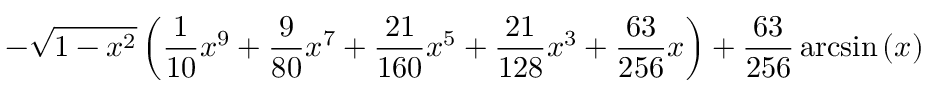
- \sqrt { 1 - x ^ { 2 } } \left( \frac { 1 } { 1 0 } x ^ { 9 } + \frac { 9 } { 8 0 } x ^ { 7 } + \frac { 2 1 } { 1 6 0 } x ^ { 5 } + \frac { 2 1 } { 1 2 8 } x ^ { 3 } + \frac { 6 3 } { 2 5 6 } x \right) + \frac { 6 3 } { 2 5 6 } \arcsin \left( x \right)